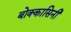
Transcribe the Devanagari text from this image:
बोक्कासिनी